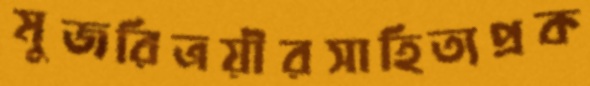
মুজরিত্রয়ীরসাহিত্যপ্রক